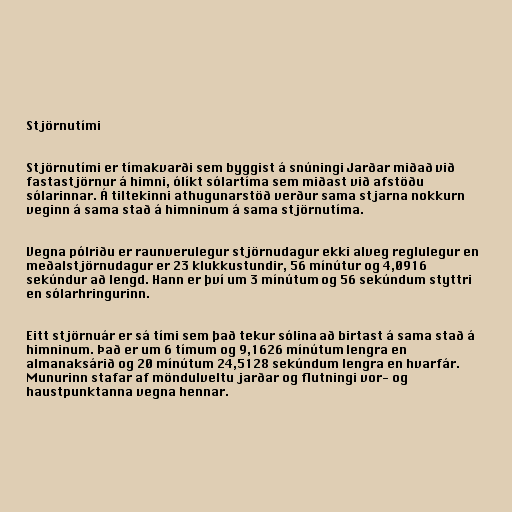
Stjörnutími

Stjörnutími er tímakvarði sem byggist á snúningi Jarðar miðað við
fastastjörnur á himni, ólíkt sólartíma sem miðast við afstöðu
sólarinnar. Á tiltekinni athugunarstöð verður sama stjarna nokkurn
veginn á sama stað á himninum á sama stjörnutíma.

Vegna pólriðu er raunverulegur stjörnudagur ekki alveg reglulegur en
meðalstjörnudagur er 23 klukkustundir, 56 mínútur og 4,0916
sekúndur að lengd. Hann er því um 3 mínútum og 56 sekúndum styttri
en sólarhringurinn.

Eitt stjörnuár er sá tími sem það tekur sólina að birtast á sama stað á
himninum. Það er um 6 tímum og 9,1626 mínútum lengra en
almanaksárið og 20 mínútum 24,5128 sekúndum lengra en hvarfár.
Munurinn stafar af möndulveltu jarðar og flutningi vor- og
haustpunktanna vegna hennar.